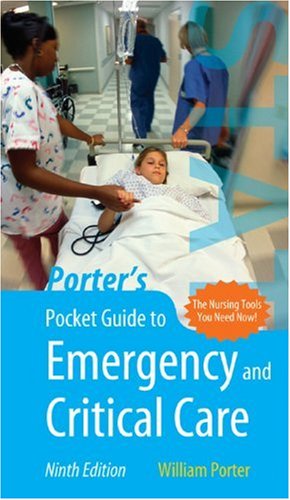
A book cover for Porter's Pocket Guide To Emergency And Critical Care; William Porter; Medical Books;